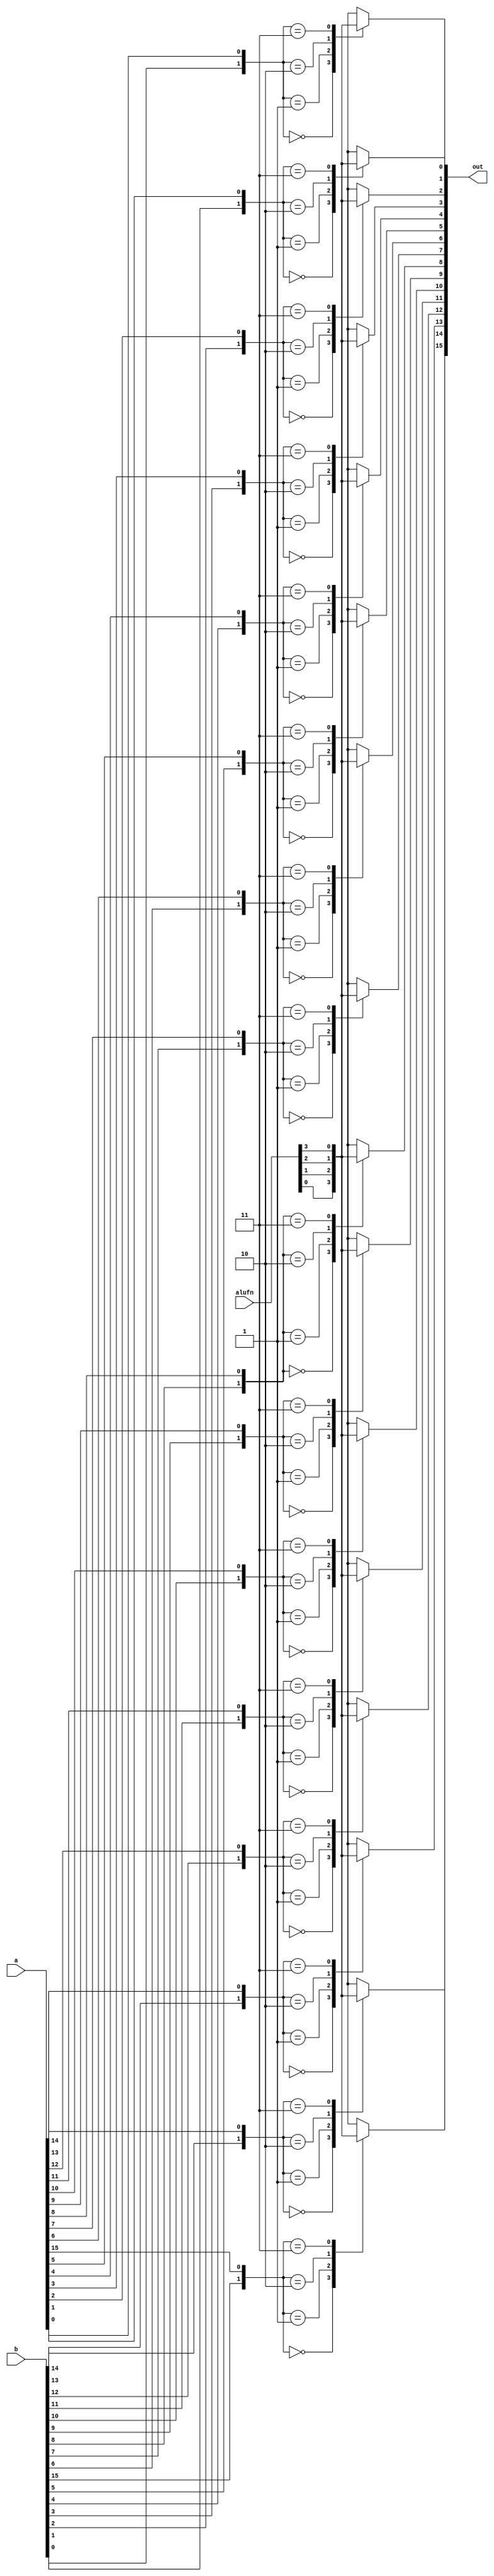
/*
   This file was generated automatically by the Mojo IDE version B1.3.6.
   Do not edit this file directly. Instead edit the original Lucid source.
   This is a temporary file and any changes made to it will be destroyed.
*/

module bool_76 (
    input [15:0] a,
    input [15:0] b,
    input [5:0] alufn,
    output reg [15:0] out
  );
  
  
  
  integer idx;
  
  integer y;
  
  always @* begin
    out = 16'h0000;
    for (idx = 1'h0; idx < 5'h10; idx = idx + 1) begin
      y = {b[(idx)*1+0-:1], a[(idx)*1+0-:1]};
      
      case (y)
        2'h0: begin
          out[(idx)*1+0-:1] = alufn[0+0-:1];
        end
        2'h1: begin
          out[(idx)*1+0-:1] = alufn[1+0-:1];
        end
        2'h2: begin
          out[(idx)*1+0-:1] = alufn[2+0-:1];
        end
        2'h3: begin
          out[(idx)*1+0-:1] = alufn[3+0-:1];
        end
        default: begin
          out[(idx)*1+0-:1] = alufn[0+0-:1];
        end
      endcase
    end
  end
endmodule